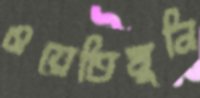
ওয়েতিমুনি